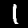
Label: 1